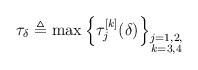
LaTeX: \begin{align*}\tau_{\delta}\triangleq\max\left\{\tau^{[k]}_j(\delta)\right\}_{\substack{j=1,2,\\k=3,4}}\end{align*}